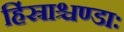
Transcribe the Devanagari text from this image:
हिंस्राश्चण्डाः